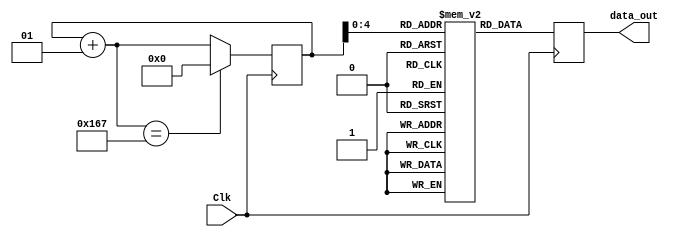
module sine_wave_gen(Clk,data_out);
//declare input and output
    input Clk;
    output [7:0] data_out;
//declare the sine ROM - 30 registers each 8 bit wide.
    reg [7:0] sine [0:29];
//Internal signals
    integer i;
    reg [7:0] data_out;
//Initialize the sine rom with samples.
    initial begin
        i = 0;
        sine[0] = 0;
sine[1] = 1;
sine[2] = 3;
sine[3] = 5;
sine[4] = 6;
sine[5] = 8;
sine[6] = 10;
sine[7] = 12;
sine[8] = 13;
sine[9] = 15;
sine[10] = 17;
sine[11] = 19;
sine[12] = 20;
sine[13] = 22;
sine[14] = 24;
sine[15] = 25;
sine[16] = 27;
sine[17] = 29;
sine[18] = 30;
sine[19] = 32;
sine[20] = 34;
sine[21] = 35;
sine[22] = 37;
sine[23] = 39;
sine[24] = 40;
sine[25] = 42;
sine[26] = 43;
sine[27] = 45;
sine[28] = 46;
sine[29] = 48;
sine[30] = 49;
sine[31] = 51;
sine[32] = 52;
sine[33] = 54;
sine[34] = 55;
sine[35] = 57;
sine[36] = 58;
sine[37] = 60;
sine[38] = 61;
sine[39] = 62;
sine[40] = 64;
sine[41] = 65;
sine[42] = 66;
sine[43] = 68;
sine[44] = 69;
sine[45] = 70;
sine[46] = 71;
sine[47] = 73;
sine[48] = 74;
sine[49] = 75;
sine[50] = 76;
sine[51] = 77;
sine[52] = 78;
sine[53] = 79;
sine[54] = 80;
sine[55] = 81;
sine[56] = 82;
sine[57] = 83;
sine[58] = 84;
sine[59] = 85;
sine[60] = 86;
sine[61] = 87;
sine[62] = 88;
sine[63] = 89;
sine[64] = 89;
sine[65] = 90;
sine[66] = 91;
sine[67] = 92;
sine[68] = 92;
sine[69] = 93;
sine[70] = 93;
sine[71] = 94;
sine[72] = 95;
sine[73] = 95;
sine[74] = 96;
sine[75] = 96;
sine[76] = 97;
sine[77] = 97;
sine[78] = 97;
sine[79] = 98;
sine[80] = 98;
sine[81] = 98;
sine[82] = 99;
sine[83] = 99;
sine[84] = 99;
sine[85] = 99;
sine[86] = 99;
sine[87] = 99;
sine[88] = 99;
sine[89] = 99;
sine[90] = 100;
sine[91] = 99;
sine[92] = 99;
sine[93] = 99;
sine[94] = 99;
sine[95] = 99;
sine[96] = 99;
sine[97] = 99;
sine[98] = 99;
sine[99] = 98;
sine[100] = 98;
sine[101] = 98;
sine[102] = 97;
sine[103] = 97;
sine[104] = 97;
sine[105] = 96;
sine[106] = 96;
sine[107] = 95;
sine[108] = 95;
sine[109] = 94;
sine[110] = 93;
sine[111] = 93;
sine[112] = 92;
sine[113] = 92;
sine[114] = 91;
sine[115] = 90;
sine[116] = 89;
sine[117] = 89;
sine[118] = 88;
sine[119] = 87;
sine[120] = 86;
sine[121] = 85;
sine[122] = 84;
sine[123] = 83;
sine[124] = 82;
sine[125] = 81;
sine[126] = 80;
sine[127] = 79;
sine[128] = 78;
sine[129] = 77;
sine[130] = 76;
sine[131] = 75;
sine[132] = 74;
sine[133] = 73;
sine[134] = 71;
sine[135] = 70;
sine[136] = 69;
sine[137] = 68;
sine[138] = 66;
sine[139] = 65;
sine[140] = 64;
sine[141] = 62;
sine[142] = 61;
sine[143] = 60;
sine[144] = 58;
sine[145] = 57;
sine[146] = 55;
sine[147] = 54;
sine[148] = 52;
sine[149] = 51;
sine[150] = 50;
sine[151] = 48;
sine[152] = 46;
sine[153] = 45;
sine[154] = 43;
sine[155] = 42;
sine[156] = 40;
sine[157] = 39;
sine[158] = 37;
sine[159] = 35;
sine[160] = 34;
sine[161] = 32;
sine[162] = 30;
sine[163] = 29;
sine[164] = 27;
sine[165] = 25;
sine[166] = 24;
sine[167] = 22;
sine[168] = 20;
sine[169] = 19;
sine[170] = 17;
sine[171] = 15;
sine[172] = 13;
sine[173] = 12;
sine[174] = 10;
sine[175] = 8;
sine[176] = 6;
sine[177] = 5;
sine[178] = 3;
sine[179] = 1;
sine[180] = 0;
sine[181] = -1;
sine[182] = -3;
sine[183] = -5;
sine[184] = -6;
sine[185] = -8;
sine[186] = -10;
sine[187] = -12;
sine[188] = -13;
sine[189] = -15;
sine[190] = -17;
sine[191] = -19;
sine[192] = -20;
sine[193] = -22;
sine[194] = -24;
sine[195] = -25;
sine[196] = -27;
sine[197] = -29;
sine[198] = -30;
sine[199] = -32;
sine[200] = -34;
sine[201] = -35;
sine[202] = -37;
sine[203] = -39;
sine[204] = -40;
sine[205] = -42;
sine[206] = -43;
sine[207] = -45;
sine[208] = -46;
sine[209] = -48;
sine[210] = -49;
sine[211] = -51;
sine[212] = -52;
sine[213] = -54;
sine[214] = -55;
sine[215] = -57;
sine[216] = -58;
sine[217] = -60;
sine[218] = -61;
sine[219] = -62;
sine[220] = -64;
sine[221] = -65;
sine[222] = -66;
sine[223] = -68;
sine[224] = -69;
sine[225] = -70;
sine[226] = -71;
sine[227] = -73;
sine[228] = -74;
sine[229] = -75;
sine[230] = -76;
sine[231] = -77;
sine[232] = -78;
sine[233] = -79;
sine[234] = -80;
sine[235] = -81;
sine[236] = -82;
sine[237] = -83;
sine[238] = -84;
sine[239] = -85;
sine[240] = -86;
sine[241] = -87;
sine[242] = -88;
sine[243] = -89;
sine[244] = -89;
sine[245] = -90;
sine[246] = -91;
sine[247] = -92;
sine[248] = -92;
sine[249] = -93;
sine[250] = -93;
sine[251] = -94;
sine[252] = -95;
sine[253] = -95;
sine[254] = -96;
sine[255] = -96;
sine[256] = -97;
sine[257] = -97;
sine[258] = -97;
sine[259] = -98;
sine[260] = -98;
sine[261] = -98;
sine[262] = -99;
sine[263] = -99;
sine[264] = -99;
sine[265] = -99;
sine[266] = -99;
sine[267] = -99;
sine[268] = -99;
sine[269] = -99;
sine[270] = -100;
sine[271] = -99;
sine[272] = -99;
sine[273] = -99;
sine[274] = -99;
sine[275] = -99;
sine[276] = -99;
sine[277] = -99;
sine[278] = -99;
sine[279] = -98;
sine[280] = -98;
sine[281] = -98;
sine[282] = -97;
sine[283] = -97;
sine[284] = -97;
sine[285] = -96;
sine[286] = -96;
sine[287] = -95;
sine[288] = -95;
sine[289] = -94;
sine[290] = -93;
sine[291] = -93;
sine[292] = -92;
sine[293] = -92;
sine[294] = -91;
sine[295] = -90;
sine[296] = -89;
sine[297] = -89;
sine[298] = -88;
sine[299] = -87;
sine[300] = -86;
sine[301] = -85;
sine[302] = -84;
sine[303] = -83;
sine[304] = -82;
sine[305] = -81;
sine[306] = -80;
sine[307] = -79;
sine[308] = -78;
sine[309] = -77;
sine[310] = -76;
sine[311] = -75;
sine[312] = -74;
sine[313] = -73;
sine[314] = -71;
sine[315] = -70;
sine[316] = -69;
sine[317] = -68;
sine[318] = -66;
sine[319] = -65;
sine[320] = -64;
sine[321] = -62;
sine[322] = -61;
sine[323] = -60;
sine[324] = -58;
sine[325] = -57;
sine[326] = -55;
sine[327] = -54;
sine[328] = -52;
sine[329] = -51;
sine[330] = -50;
sine[331] = -48;
sine[332] = -46;
sine[333] = -45;
sine[334] = -43;
sine[335] = -42;
sine[336] = -40;
sine[337] = -39;
sine[338] = -37;
sine[339] = -35;
sine[340] = -34;
sine[341] = -32;
sine[342] = -30;
sine[343] = -29;
sine[344] = -27;
sine[345] = -25;
sine[346] = -24;
sine[347] = -22;
sine[348] = -20;
sine[349] = -19;
sine[350] = -17;
sine[351] = -15;
sine[352] = -13;
sine[353] = -12;
sine[354] = -10;
sine[355] = -8;
sine[356] = -6;
sine[357] = -5;
sine[358] = -3;
sine[359] = -1;
    end

    //At every positive edge of the clock, output a sine wave sample.
    always@ (posedge(Clk))
    begin
        data_out = sine[i];
        i = i+ 1;
        if(i == 359)
            i = 0;
    end

endmodule